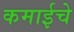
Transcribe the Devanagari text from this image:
कमाईचे